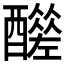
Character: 𨣣